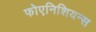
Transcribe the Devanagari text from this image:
फोएनिशियन्स